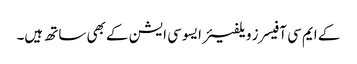
کے ایم سی آفیسرز ویلفیئر ایسوسی ایشن کے بھی ساتھ ہیں۔